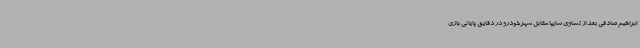
ابراهیم صادقی بعد از تساوی سایپا مقابل شهرخودرو در دقایق پایانی بازی